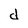
Character: d